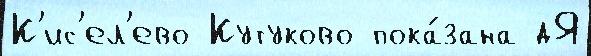
К'ис'ел'ево Кутуково пока́зана дЯ